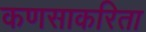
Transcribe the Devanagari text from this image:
कणसाकरिता